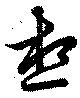
想